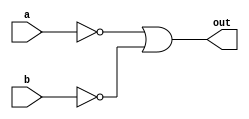
module xor_gate(
    input wire a,
    input wire b,
    output reg out
);

assign not_a = ~a;
assign not_b = ~b;

assign out = not_a | not_b;

endmodule